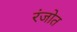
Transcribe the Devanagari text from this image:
रंजोत